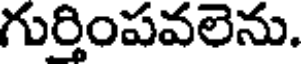
గుర్తింపవలెను.